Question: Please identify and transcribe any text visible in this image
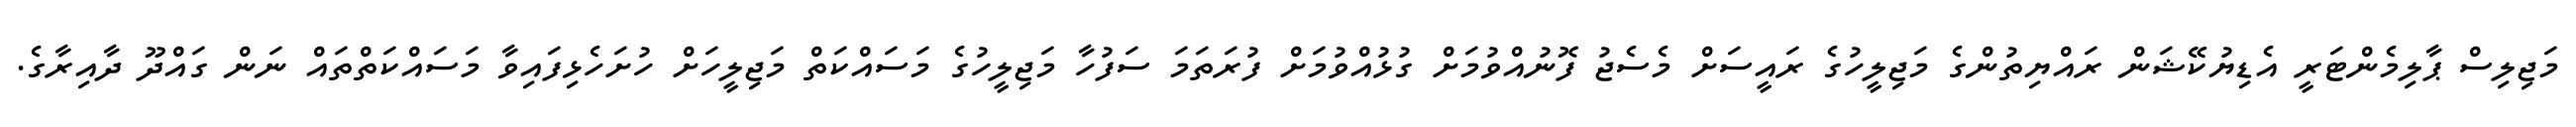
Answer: މަޖިލިސް ޕާލިމެންޓަރީ އެޑިޔުކޭޝަން ރައްޔިތުންގެ މަޖިލީހުގެ ރައީސަށް މެސެޖު ފޮނުއްވުމަށް ގުޅުއްވުމަށް ފުރަތަމަ ސަފުހާ މަޖިލީހުގެ މަސައްކަތް މަޖިލީހަށް ހުށަހެޅިފައިވާ މަސައްކަތްތައް ނަން ގައްދޫ ދާއިރާގެ.